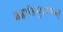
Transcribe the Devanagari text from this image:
ब्रह्मांडपुराणम्